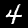
Label: 4